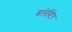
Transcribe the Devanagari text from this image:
बलेस्टिेर